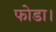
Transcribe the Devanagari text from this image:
फोडा।